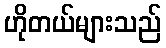
ဟိုတယ်များသည်